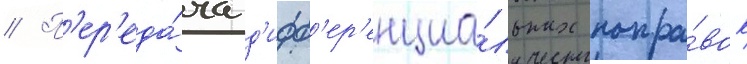
// П'ер'еда́ча д'ифф'ер'енциа́льных попра́вок